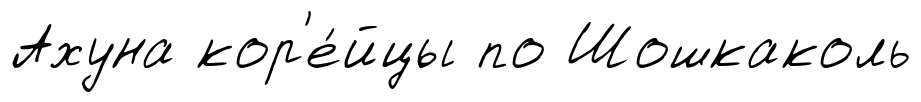
Ахуна кор'е́йцы по Шошкаколь